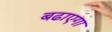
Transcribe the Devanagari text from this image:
बढाएगा